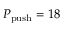
\ensuremath { P _ { \mathrm { p u s h } } } = 1 8